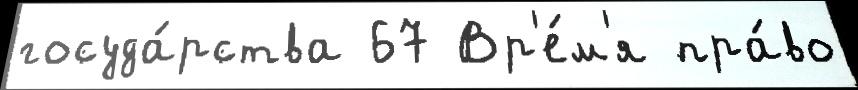
госуда́рства 67 Вр'е́м'я пра́во